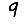
Digit: 9